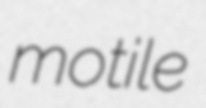
motile